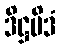
ဒိဋ္ဌမိဒံ